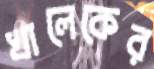
খালেকের